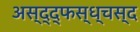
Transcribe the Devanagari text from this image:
अस्द्द्फस्ध्चस्द